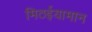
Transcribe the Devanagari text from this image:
मिठईयामान